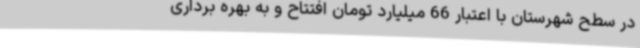
در سطح شهرستان با اعتبار 66 میلیارد تومان افتتاح و به بهره برداری